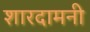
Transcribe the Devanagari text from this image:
शारदामनी